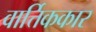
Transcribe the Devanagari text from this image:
वार्त्तिककार